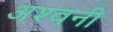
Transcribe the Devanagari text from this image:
अश्‍वनी